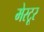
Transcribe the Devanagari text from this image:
मेरटूर